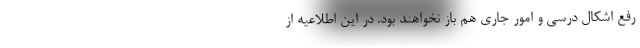
رفع اشکال درسی و امور جاری هم باز نخواهند بود. در این اطلاعیه از